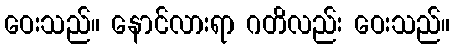
ဝေးသည်။ နောင်လားရာ ဂတိလည်း ဝေးသည်။